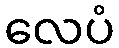
လေပံ